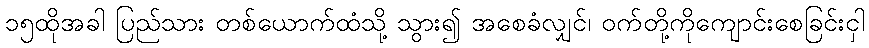
၁၅ထိုအခါ ပြည်သား တစ်ယောက်ထံသို့ သွား၍ အစေခံလျှင်၊ ဝက်တို့ကိုကျောင်းစေခြင်းငှါ